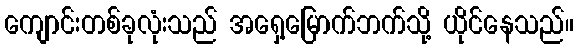
ကျောင်းတစ်ခုလုံးသည် အရှေ့မြောက်ဘက်သို့ ယိုင်နေသည်။